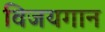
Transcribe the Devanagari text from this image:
विजयगान